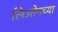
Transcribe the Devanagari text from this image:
लिओनच्या